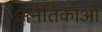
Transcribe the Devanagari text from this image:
अनैतिकाओं